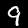
Digit: 9